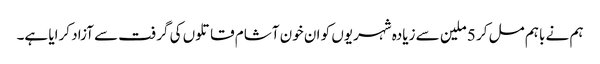
ہم نے باہم مل کر 5 ملین سے زیادہ شہریوں کو ان خون آشام قاتلوں کی گرفت سے آزاد کرایا ہے۔